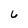
Character: 6